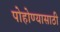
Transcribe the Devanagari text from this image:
पोहोण्यासाठी